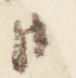
御